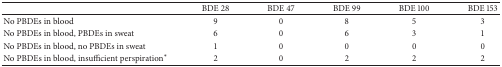
|  | BDE 28 | BDE 47 | BDE 99 | BDE 100 | BDE 153 |
 | --- | --- | --- | --- | --- | --- |
 | No PBDEs in blood | 9 | 0 | 8 | 5 | 3 |
 | No PBDEs in blood, PBDEs in sweat | 6 | 0 | 6 | 3 | 1 |
 | No PBDEs in blood, no PBDEs in sweat | 1 | 0 | 0 | 0 | 0 |
 | No PBDEs in blood, insufficient perspiration∗ | 2 | 0 | 2 | 2 | 2 |